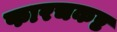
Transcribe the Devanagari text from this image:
फारचकष्ट